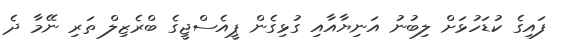
ފައިގެ ކުޑަހުޅަށް ލިބުނު އަނިޔާއާއި ގުޅިގެން ޕީއެސްޖީގެ ބްރެޒިލް ތަރި ނޭމާ ދެ